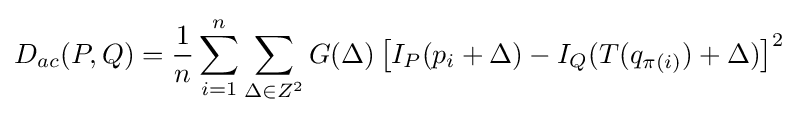
D_{ac}(P,Q)={\frac {1}{n}}\sum _{i=1}^{n}\sum _{\Delta \in Z^{2}}G(\Delta )\left[I_{P}(p_{i}+\Delta )-I_{Q}(T(q_{\pi (i)})+\Delta )\right]^{2}